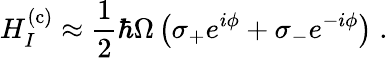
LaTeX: H_{I}^{(\mathrm{c)}}\approx\frac{1}{2}\hbar\Omega\left(\sigma_{+}e^{i\phi}+\sigma_{-}e^{-i\phi}\right)\; .